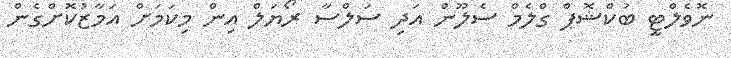
ނޮވެލްޓީ ބުކްޝޮޕް ގްލެމް ސެލޫން އަދި ސަލްސާ ރޯޔަލް އިން މިކަމަށް އަމާޒުކޮށްގެން